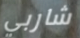
شاربي